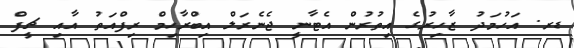
ޑރ. އަހުމަދު ޒާހިރުގެ އިތުރުން އެޓާނީ ޖެނެރަލް އިބްރާހިމް ރިފްއަތު އާއި ޗީފް